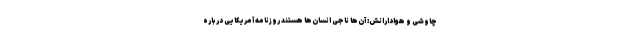
چاوشی و هوادارانش: آن‌ها ناجی انسان‌ها هستند روزنامه آمریکایی درباره